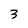
Character: 3